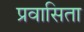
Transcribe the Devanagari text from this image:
प्रवासिता